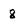
Character: 8